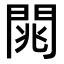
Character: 𨴡